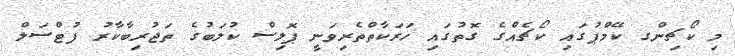
މި ކޯޗިންގ ކޭމްޕުގައި ކޯޗެއްގެ ގޮތުގައި ހަރަކާތްތެރިވަނީ ޕޮލިސް ކުލަބުގެ ތަޖުރިބާކާރު ފުޓްސަލް